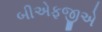
બીએફજીએ